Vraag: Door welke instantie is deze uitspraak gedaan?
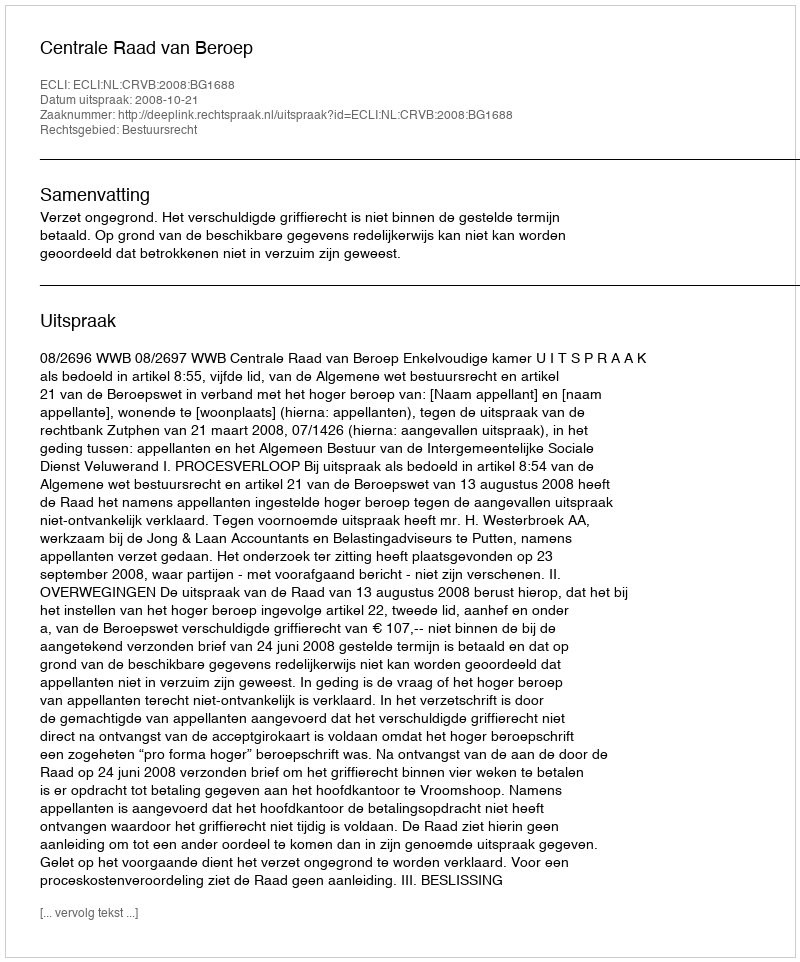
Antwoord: Centrale Raad van Beroep